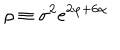
LaTeX: \rho \equiv \dot { \sigma } ^ { 2 } e ^ { 2 \varphi + 6 \alpha }